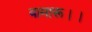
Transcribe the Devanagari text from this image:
बामारू।।